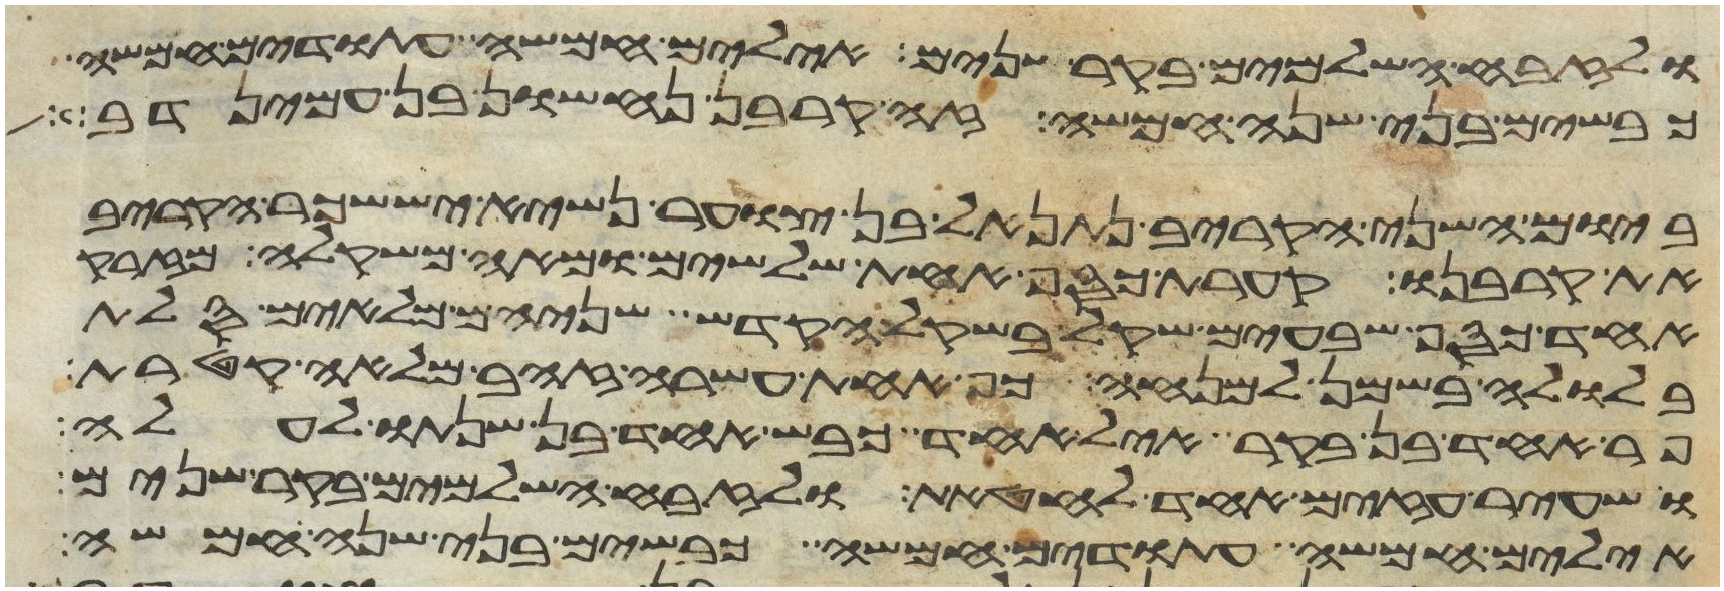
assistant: ולזבח השלמים בקר שנים אילים חמשה עתודים חמשה
כבשים בני שנה חמשה זה קרבן נחשון בן עמינדב
ביום השני הקריב נתנאל בן צוער נשיא יששכר הקריב
את קרבנו קערת כסף אחת שלשים ומאה משקלה מזרק
אחד כסף שבעים שקל בשקל הקדש שניהם מלאים סלת
בלולה בשמן למנחה כף אחת עשרה זהב מלאה קטרת
פר אחד בן בקר איל אחד כבש אחד בן שנתו לעלה
ושעיר עזים אחד לחטאת ולזבח השלמים בקר שנים
אילים חמשה עתודים חמשה כבשים בני שנה חמשה